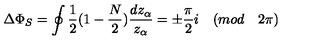
\Delta \Phi _ { S } = \oint \frac { 1 } { 2 } ( 1 - \frac { N } { 2 } ) \frac { d z _ { \alpha } } { z _ { \alpha } } = \pm \frac { \pi } { 2 } i \quad ( m o d \quad 2 \pi )